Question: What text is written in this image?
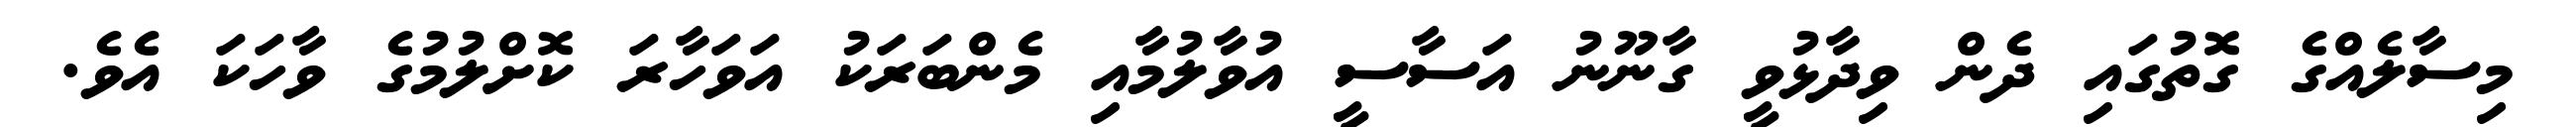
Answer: މިސާލެއްގެ ގޮތުގައި ދެން ވިދާޅުވީ ގާނޫނު އަސާސީ އުވާލުމާއި މެންބަރަކު އަވަހާރަ ކޮށްލުމުގެ ވާހަކަ އެވެ.